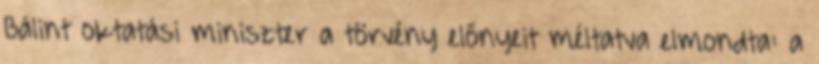
Bálint oktatási miniszter a törvény előnyeit méltatva elmondta: a